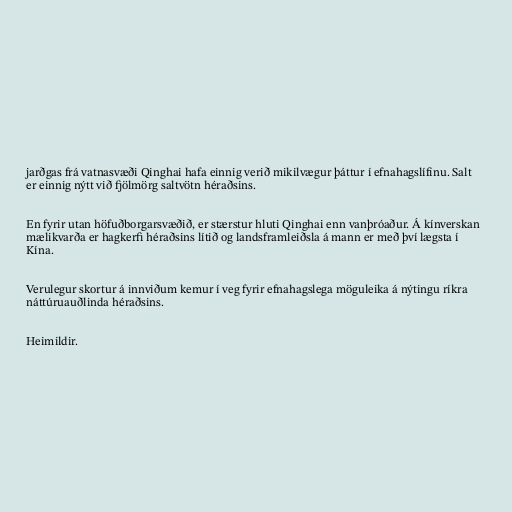
jarðgas frá vatnasvæði Qinghai hafa einnig verið mikilvægur þáttur í efnahagslífinu. Salt
er einnig nýtt við fjölmörg saltvötn héraðsins.

En fyrir utan höfuðborgarsvæðið, er stærstur hluti Qinghai enn vanþróaður. Á kínverskan
mælikvarða er hagkerfi héraðsins lítið og landsframleiðsla á mann er með því lægsta í
Kína.

Verulegur skortur á innviðum kemur í veg fyrir efnahagslega möguleika á nýtingu ríkra
náttúruauðlinda héraðsins.

Heimildir.